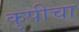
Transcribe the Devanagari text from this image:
कुपीचा